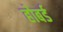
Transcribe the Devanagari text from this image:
होबर्ड